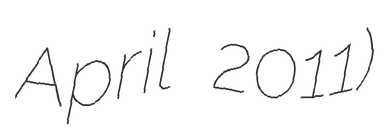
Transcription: April 2011)